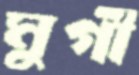
মুর্গী